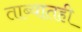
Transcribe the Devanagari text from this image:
ताब्यातही